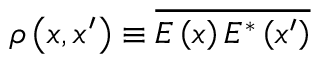
\rho \left( x , x ^ { \prime } \right) \equiv \overline { { E \left( x \right) E ^ { * } \left( x ^ { \prime } \right) } }